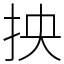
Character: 抰